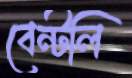
বেন্টলি